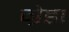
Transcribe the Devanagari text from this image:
ग्रेडा